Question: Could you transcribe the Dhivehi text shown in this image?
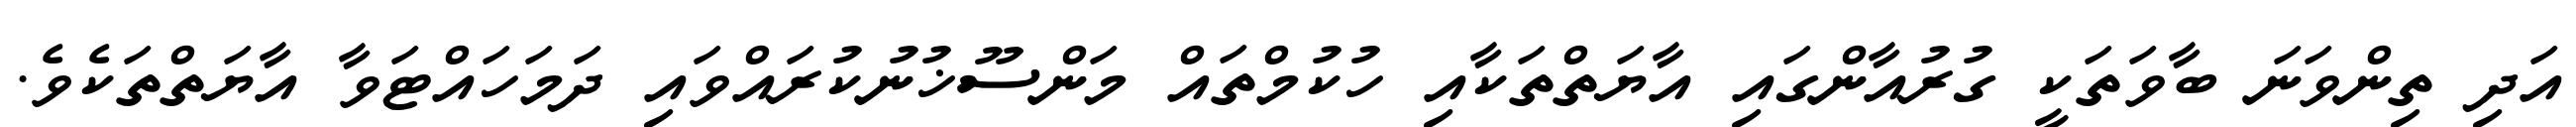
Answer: އަދި ތިންވަނަ ބާވަތަކީ ގުރުއާންގައި އާޔަތްތަކާއި ހުކުމްތައް މަންސޫޚުނުކުރައްވައި ދަމަހައްޓަވާ އާޔަތްތަކެވެ.